Civil Veterinary Dept. Bombay admin report 1932-41 - 1932-1941
Year: 1932
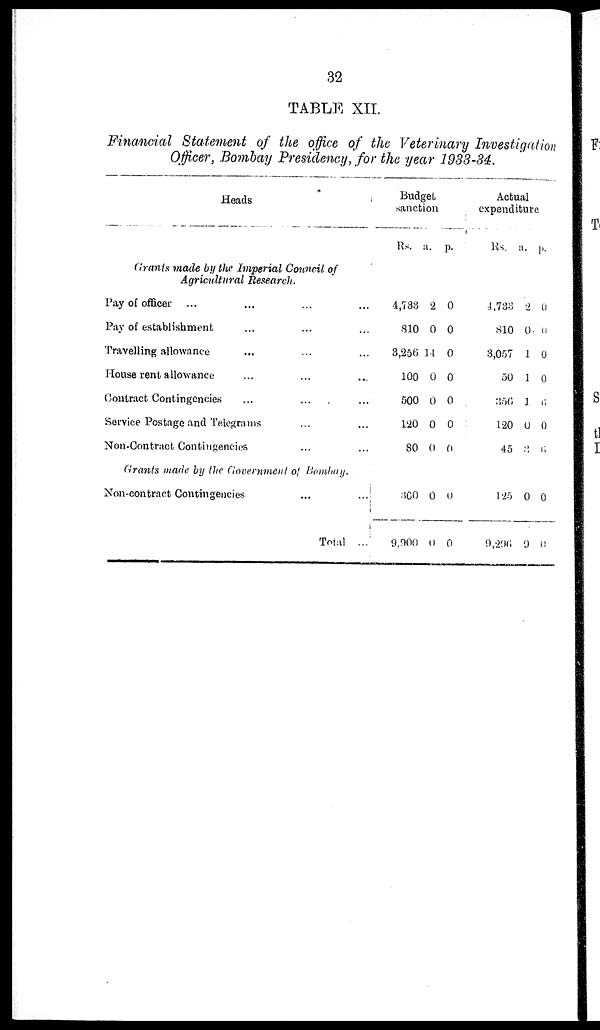
32
TABLE XII.
Financial Statement of the office of the Veterinary Investigation
Officer, Bombay Presidency, for the year 1933-34.
Heads
Grants made by the Imperial Council of
Agricultural Research.
Pay of officer ... ... ... ...
Pay of establishment ... ... ...
Travelling allowance ... ... ...
House rent allowance ... ... ...
Contract Contingencies ... ... ...
Service Postage and Telegrams ... ...
Non-Contract Contingencies ... ...
Grants made by the Government of Bombay.
Non-contract Contingencies
...
...
Total ...
Budget
sanctetion
Rs.
4,733
810
3,256
100
500
120
80
300
9,900
a.
2
0
14
0
0
0
0
0
0
p.
0
0
0
0
0
0
0
0
0
Actual
expenditure
Rs.
4,733
810
3,057
50
356
120
45
125
9,296
a.
2
0
1
1
1
0
3
0
9
p.
0
0
0
0
6
0
6
0
0